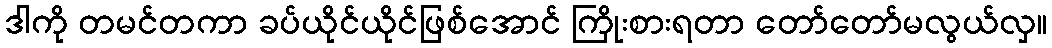
ဒါကို တမင်တကာ ခပ်ယိုင်ယိုင်ဖြစ်အောင် ကြိုးစားရတာ တော်တော်မလွယ်လှ။